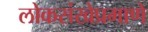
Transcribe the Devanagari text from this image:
लोकसंखेप्रमाणे